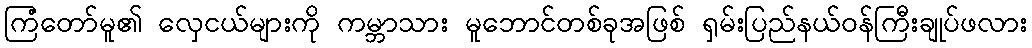
ကြံတော်မူ၏ လှေငယ်များကို ကမ္ဘာသား မူဘောင်တစ်ခုအဖြစ် ရှမ်းပြည်နယ်ဝန်ကြီးချုပ်ဖလား